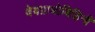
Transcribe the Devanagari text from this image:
देवप्राधोबिहिनी